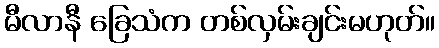
မီလာနီ ခြေသံက တစ်လှမ်းချင်းမဟုတ်။